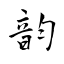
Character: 韵